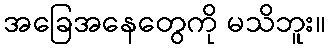
အခြေအနေတွေကို မသိဘူး။